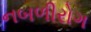
નબળીરોગ